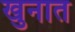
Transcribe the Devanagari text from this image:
खुनात